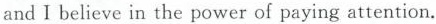
and I believe in the power of paying attention.